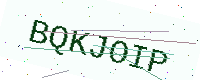
Text: BQKJOIP